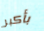
بأكبر